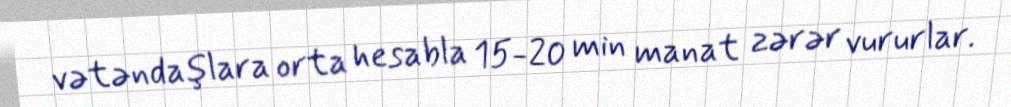
vətəndaşlara orta hesabla 15-20 min manat zərər vururlar.